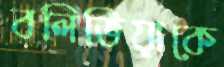
বলিভিয়াকে